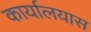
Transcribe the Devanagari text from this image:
कार्यालयास